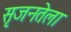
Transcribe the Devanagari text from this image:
सृजनतेला